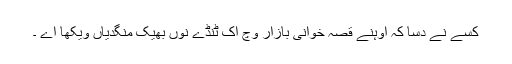
کسے نے دسا کہ اوہنے قصہ خوانی بازار وچ اک ٹنڈے نوں بھیک منگدیاں ویکھا اے ۔